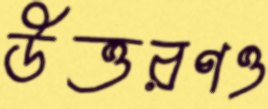
উত্তরণও